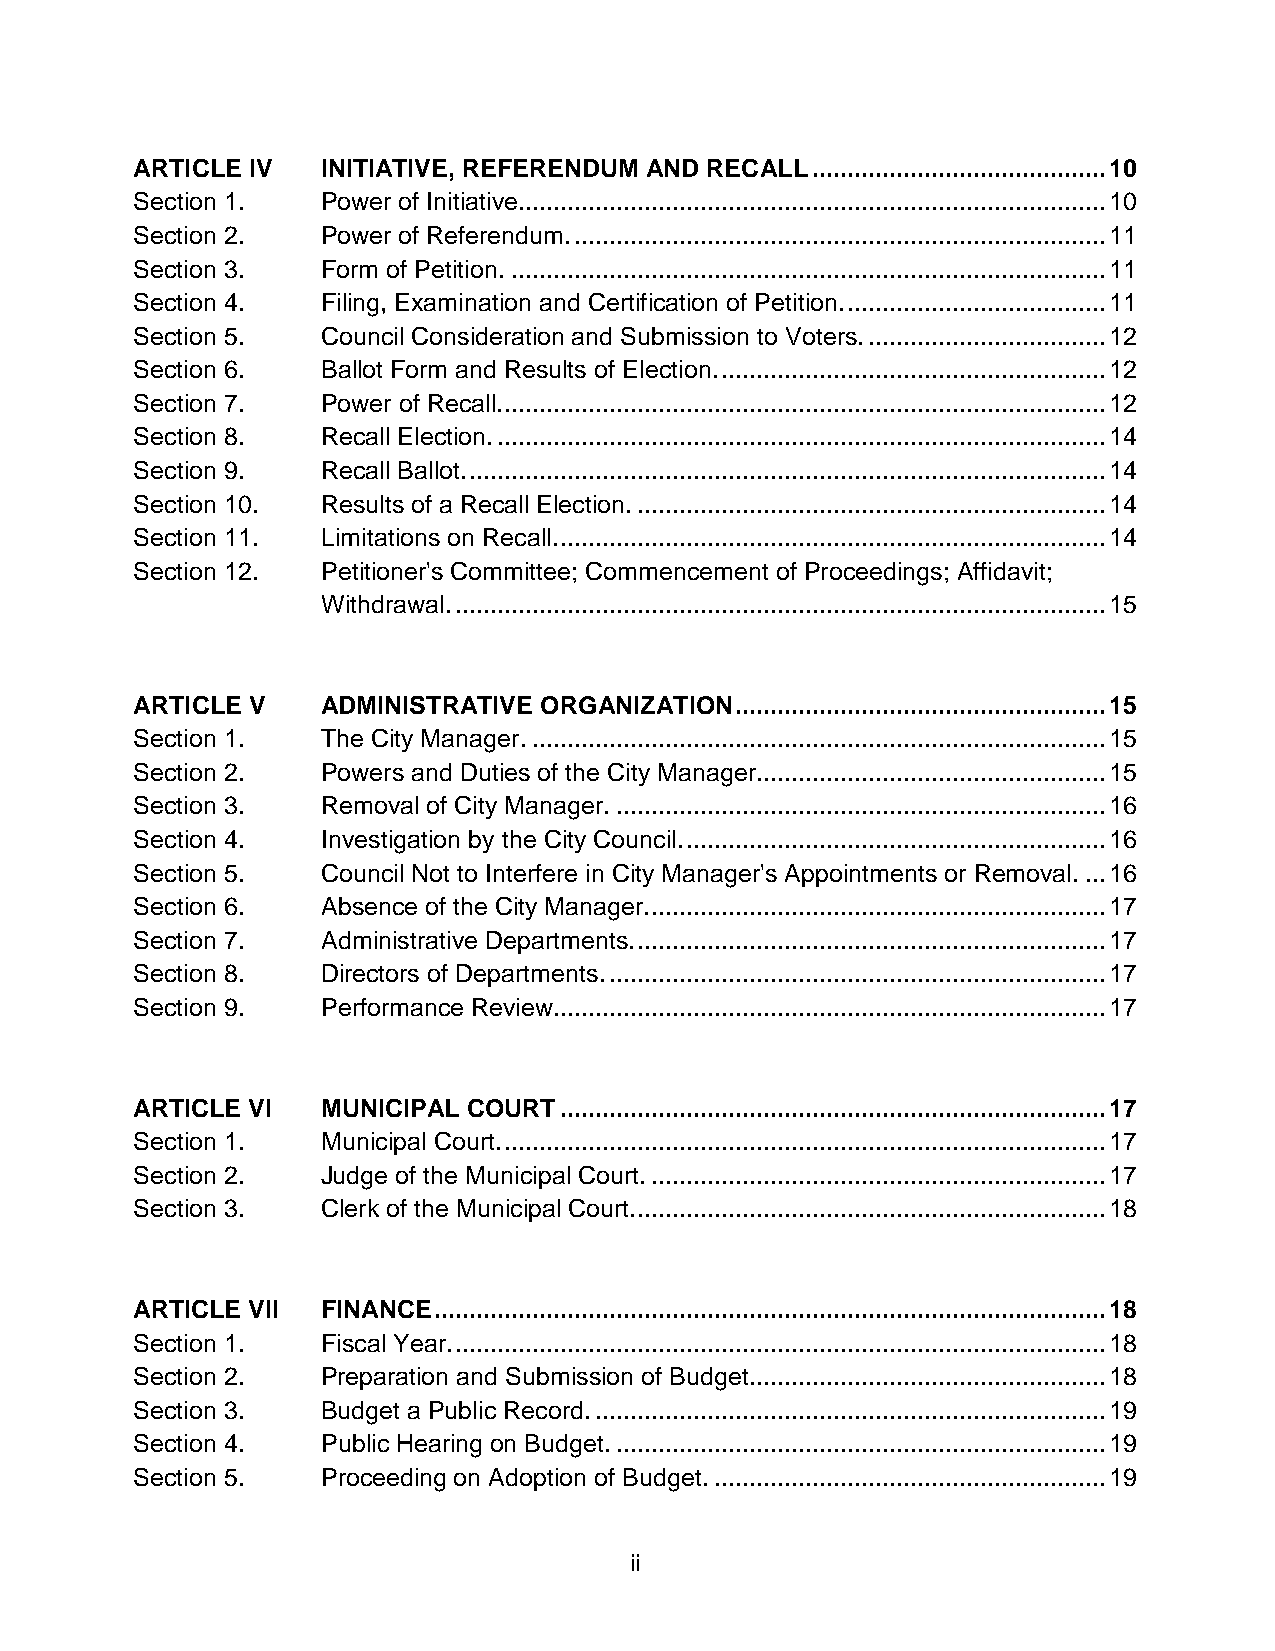
ARTICLE IV  INITIATIVE, REFERENDUM AND RECALL .......................................... 10
 Section 1.  Power of Initiative.................................................................................... 10
 Section 2.  Power of Referendum. ............................................................................ 11
 Section 3.  Form of Petition. ..................................................................................... 11
 Section 4.  Filing, Examination and Certification of Petition. ..................................... 11
 Section 5.  Council Consideration and Submission to Voters. .................................. 12
 Section 6.  Ballot Form and Results of Election. ....................................................... 12
 Section 7.  Power of Recall. ...................................................................................... 12
 Section 8.  Recall Election. ....................................................................................... 14
 Section 9.  Recall Ballot. ........................................................................................... 14
 Section 10. Results of a Recall Election. ................................................................... 14
 Section 11. Limitations on Recall. .............................................................................. 14
 Section 12. Petitioner's Committee; Commencement of Proceedings; Affidavit;
 Withdrawal. ............................................................................................. 15
 ARTICLE V   ADMINISTRATIVE ORGANIZATION ..................................................... 15
 Section 1.  The City Manager. .................................................................................. 15
 Section 2.  Powers and Duties of the City Manager. ................................................. 15
 Section 3.  Removal of City Manager. ...................................................................... 16
 Section 4.  Investigation by the City Council. ............................................................ 16
 Section 5.  Council Not to Interfere in City Manager's Appointments or Removal. ... 16
 Section 6.  Absence of the City Manager. ................................................................. 17
 Section 7.  Administrative Departments. ................................................................... 17
 Section 8.  Directors of Departments. ....................................................................... 17
 Section 9.  Performance Review. .............................................................................. 17
 ARTICLE VI  MUNICIPAL COURT .............................................................................. 17
 Section 1.  Municipal Court. ...................................................................................... 17
 Section 2.  Judge of the Municipal Court. ................................................................. 17
 Section 3.  Clerk of the Municipal Court. ................................................................... 18
 ARTICLE VII FINANCE ................................................................................................ 18
 Section 1.  Fiscal Year. ............................................................................................. 18
 Section 2.  Preparation and Submission of Budget. .................................................. 18
 Section 3.  Budget a Public Record. ......................................................................... 19
 Section 4.  Public Hearing on Budget. ...................................................................... 19
 Section 5.  Proceeding on Adoption of Budget. ........................................................ 19
 ii